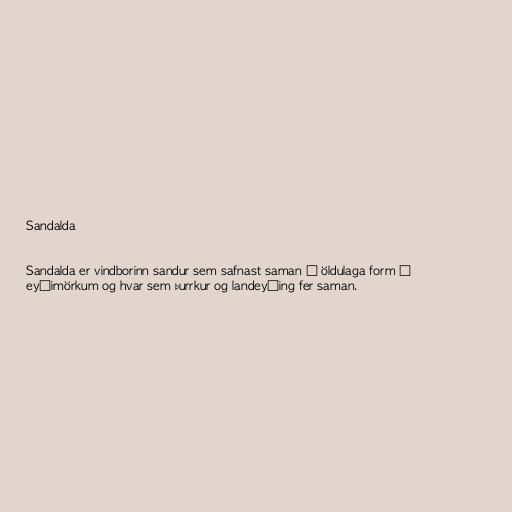
Sandalda

Sandalda er vindborinn sandur sem safnast saman í öldulaga form í
eyðimörkum og hvar sem þurrkur og landeyðing fer saman.